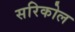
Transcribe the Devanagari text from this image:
सरिकोल